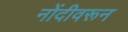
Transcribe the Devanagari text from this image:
नोंदीवरून